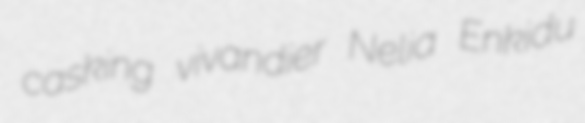
casking vivandier Nelia Enkidu